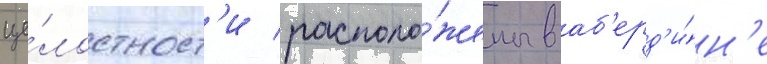
це́лостност'и располо́жены в аб'ерд'и́н'е